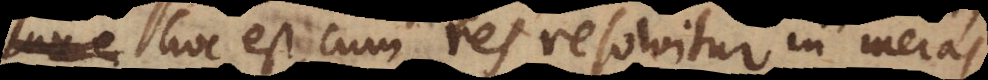
, hoc est, cum res resolvitur in meras